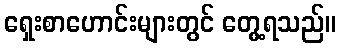
ရှေးစာဟောင်းများတွင် တွေ့ရသည်။